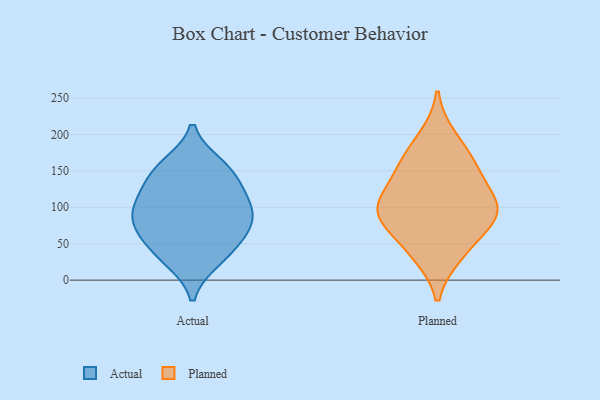
{"axis": {"x": "Website Visitors", "y": "Value"}, "legend": ["Actual", "Planned"], "data": [{"x": "", "y": 72, "type": "Actual"}, {"x": "", "y": 113, "type": "Actual"}, {"x": "", "y": 76, "type": "Actual"}, {"x": "", "y": 34, "type": "Actual"}, {"x": "", "y": 84, "type": "Actual"}, {"x": "", "y": 28, "type": "Actual"}, {"x": "", "y": 146, "type": "Actual"}, {"x": "", "y": 149, "type": "Actual"}, {"x": "", "y": 102, "type": "Actual"}, {"x": "", "y": 157, "type": "Actual"}, {"x": "", "y": 56, "type": "Actual"}, {"x": "", "y": 108, "type": "Actual"}, {"x": "", "y": 82, "type": "Planned"}, {"x": "", "y": 94, "type": "Planned"}, {"x": "", "y": 35, "type": "Planned"}, {"x": "", "y": 94, "type": "Planned"}, {"x": "", "y": 147, "type": "Planned"}, {"x": "", "y": 83, "type": "Planned"}, {"x": "", "y": 196, "type": "Planned"}, {"x": "", "y": 41, "type": "Planned"}, {"x": "", "y": 151, "type": "Planned"}, {"x": "", "y": 104, "type": "Planned"}, {"x": "", "y": 113, "type": "Planned"}, {"x": "", "y": 167, "type": "Planned"}]}